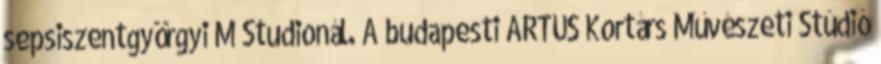
sepsiszentgyörgyi M Studionál. A budapesti ARTUS Kortárs Művészeti Stúdió